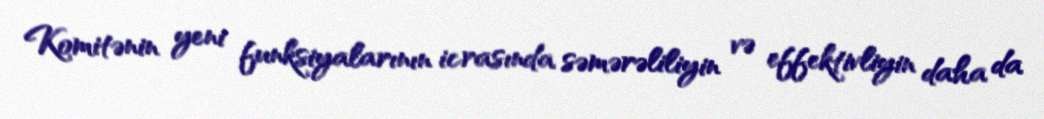
Komitənin yeni funksiyalarının icrasında səmərəliliyin və effektivliyin daha da